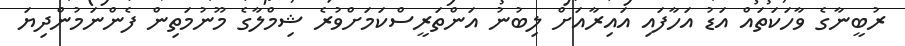
ރުބީނާގެ ވާހަކަތައް އަޑު އަހާފައި އައިރާއަށް ލިބުނު އަންތަރީސްކަމަށްވުރެ ޝިމްލާގެ މޫނުމަތިން ފެންނަމުންދިޔަ